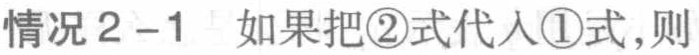
情况2–1 如果把\textcircled{2}式代入\textcircled{1}式，则